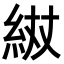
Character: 𮈌